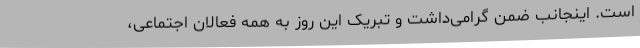
است. اینجانب ضمن گرامی‌داشت و تبریک این روز به همه فعالان اجتماعی،